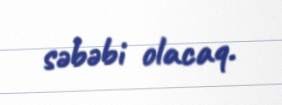
səbəbi olacaq.